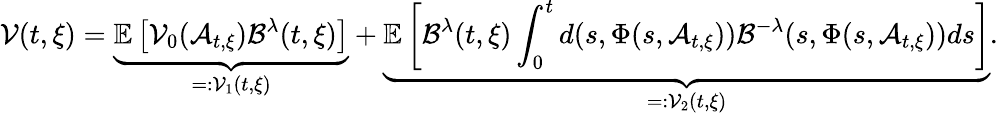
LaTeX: \mathcal{V}(t,\xi)=\underbrace{\mathbb{E}\left[\mathcal{V}_{0}(\mathcal{A}_{t,\xi})\mathcal{B}^{\lambda}(t,\xi)\right]}_{=:\mathcal{V}_{1}(t,\xi)}+\underbrace{\mathbb{E}\left[\mathcal{B}^{\lambda}(t,\xi)\int_{0}^{t}d(s,\Phi(s,\mathcal{A}_{t,\xi}))\mathcal{B}^{-\lambda}(s,\Phi(s,\mathcal{A}_{t,\xi}))ds\right]}_{=:\mathcal{V}_{2}(t,\xi)}.